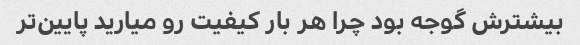
بیشترش گوجه بود چرا هر بار کیفیت رو میارید پایین‌تر